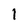
Character: 1